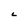
Character: C